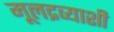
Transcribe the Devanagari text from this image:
मूलद्रव्याशी